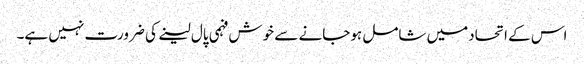
اس کے اتحادمیں شامل ہوجانے سے خوش فہمی پال لینے کی ضرورت نہیں ہے۔